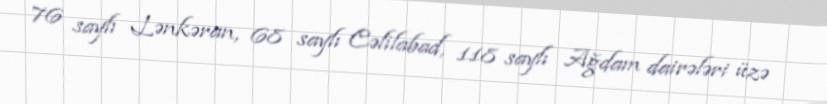
76 saylı Lənkəran, 68 saylı Cəlilabad, 118 saylı Ağdam dairələri üzə